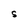
Character: S